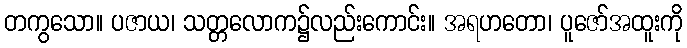
တကွသော။ ပဇာယ၊ သတ္တလောက၌လည်းကောင်း။ အရဟတော၊ ပူဇော်အထူးကို